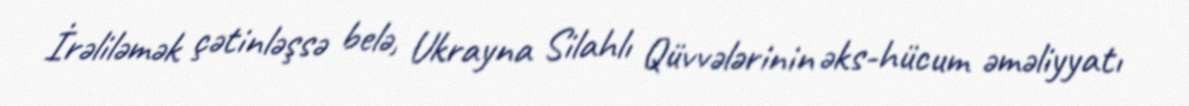
İrəliləmək çətinləşsə belə, Ukrayna Silahlı Qüvvələrinin əks-hücum əməliyyatı